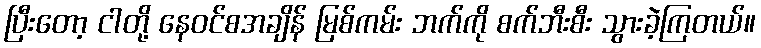
ပြီးတော့ ငါတို့ နေဝင်စအချိန် မြစ်ကမ်း ဘက်ကို စက်ဘီးစီး သွားခဲ့ကြတယ်။